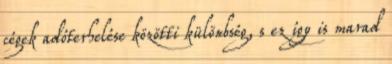
cégek adóterhelése közötti különbség, s ez így is marad